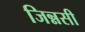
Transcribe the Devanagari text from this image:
जिन्नसी